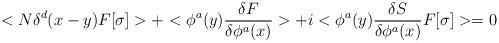
LaTeX: \begin{align*}<N\delta^{d} (x-y)F[\sigma ]>+<\phi^{a}(y){\delta F\over\delta\phi^{a}(x)}>+i<\phi^{a}(y){\delta S\over \delta \phi^{a}(x)}F[\sigma ]>=0\end{align*}